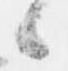
候